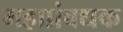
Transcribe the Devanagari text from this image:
महाप्रंबधक